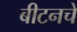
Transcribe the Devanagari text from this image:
बीटनचे